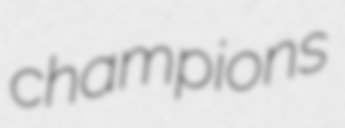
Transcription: champions